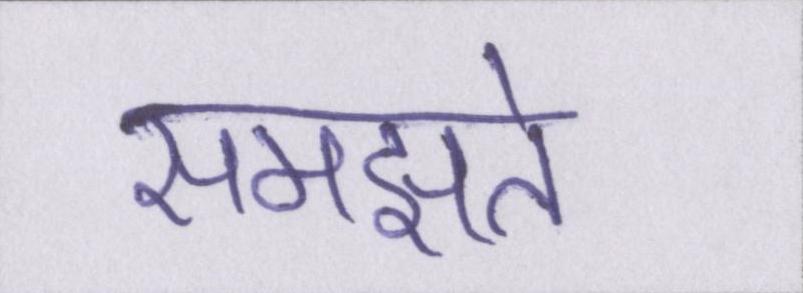
समझते